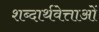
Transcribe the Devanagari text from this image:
शब्दार्थवेत्ताओं